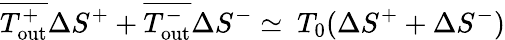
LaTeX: \overline{{T_{\textrm{out}}^{+}}}\Delta S^{+}+\overline{{T_{\textrm{out}}^{-}}}\Delta S^{-}\simeq~T_{0}(\Delta S^{+}+\Delta S^{-})